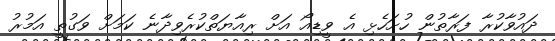
ދައުވާކުރާ ފަރާތުން ހުށަހެޅި އެ ވީޑިއޯ އަށް ރިއާޔަތްކުރެވިދާނެ ކަމަށް ވަގުތީ އަމުރު